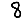
Digit: 8